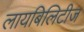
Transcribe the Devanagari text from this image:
लायबिलिटीज